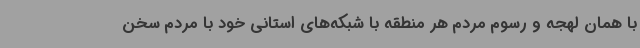
با همان لهجه و رسوم مردم هر منطقه با شبکه‌های استانی خود با مردم سخن